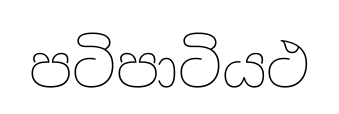
පටිපාටියථ